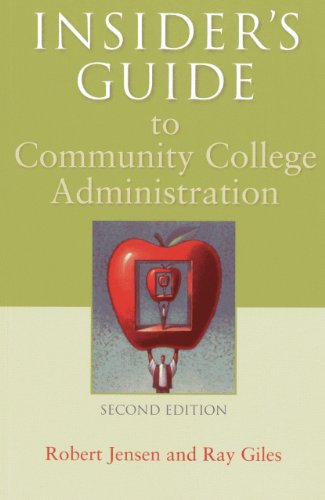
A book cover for Insider's Guide to Community College Administration; Robert Jensen; Education & Teaching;